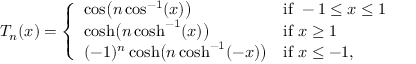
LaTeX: T _ { n } ( x ) = { \left\{ \begin{array} { l l } { \cos \! { \big ( } n \cos ^ { - 1 } ( x ) { \big ) } } & { { \mathrm { i f ~ } } - 1 \leq x \leq 1 } \\ { \cosh \! { \big ( } n \cosh ^ { - 1 } ( x ) { \big ) } } & { { \mathrm { i f ~ } } x \geq 1 } \\ { ( - 1 ) ^ { n } \cosh \! { \big ( } n \cosh ^ { - 1 } ( - x ) { \big ) } } & { { \mathrm { i f ~ } } x \leq - 1 , } \end{array} \right. }